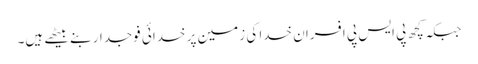
جبکہ کچھ پی ایس پی افسران خدا کی زمین پر خدائی فوجدار بنے بیٹھے ہیں۔